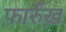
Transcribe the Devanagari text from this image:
फ़ार्रुख़